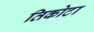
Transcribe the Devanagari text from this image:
तिकोटा